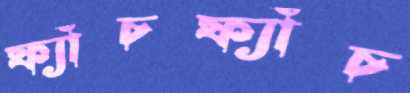
ফ্যাঁচফ্যাঁচ